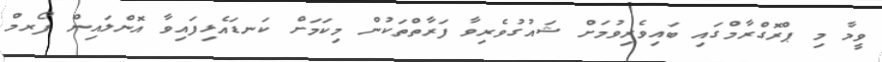
ވީމާ މި ޕްރޮގްރާމްގައި ބައިވެރިވުމަށް ޝައުގުވެރިވާ ފަރާތްތަކުން މިކަމަށް ކަނޑައެޅިފައިވާ އޮންލައިން ފޯރމް